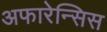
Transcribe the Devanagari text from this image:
अफारेन्सिस